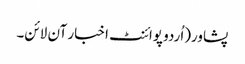
پشاور(اُردو پوائنٹ اخبار آن لائن۔